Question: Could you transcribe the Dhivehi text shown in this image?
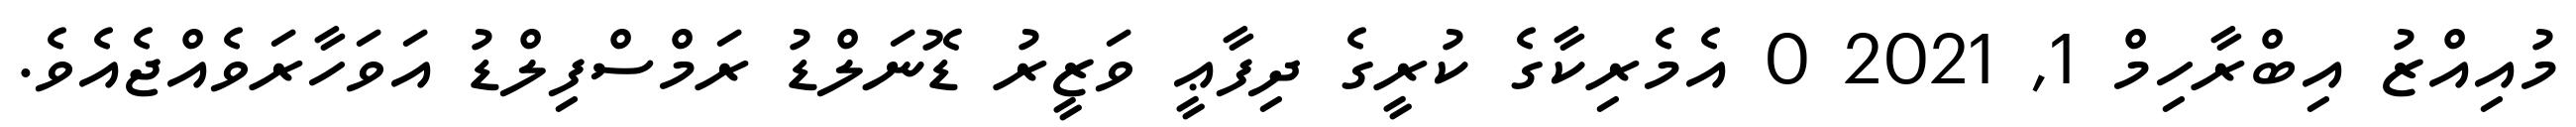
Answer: މުއިއްޒު އިބްރާހިމް 1, 2021 0 އެމެރިކާގެ ކުރީގެ ދިފާޢީ ވަޒީރު ޑޮނަލްޑު ރަމްސްފިލްޑު އަވަހާރަވެއްޖެއެވެ.